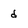
Character: d